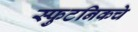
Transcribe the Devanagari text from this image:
स्फुटनिकचे